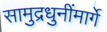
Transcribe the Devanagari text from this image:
सामुद्रधुनींमार्गे